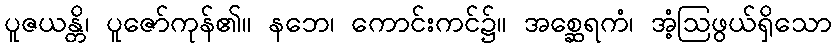
ပူဇယန္တိ၊ ပူဇော်ကုန်၏။ နဘေ၊ ကောင်းကင်၌။ အစ္ဆေရကံ၊ အံ့ဩဖွယ်ရှိသော